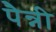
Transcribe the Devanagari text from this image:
पैन्नी